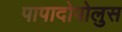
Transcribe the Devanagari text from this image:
पापादोपोलुस